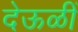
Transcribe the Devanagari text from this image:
देऊळीं